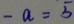
- a = 5